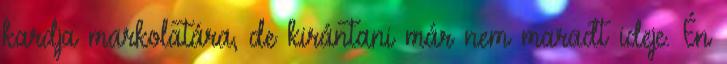
kardja markolatára, de kirántani már nem maradt ideje. Én